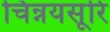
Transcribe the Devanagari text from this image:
चिन्नयसूरि